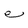
Character: e